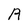
Character: R